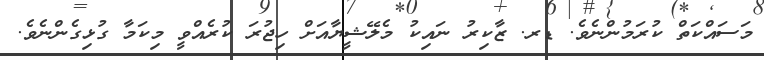
މަސައްކަތް ކުރަމުންނެވެ. ޑރ. ޒާކިރު ނައިކު މެލޭޝީޔާއަށް ހިޖުރަ ކުރެއްވީ މިކަމާ ގުޅިގެންނެވެ.